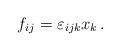
\begin{align*}f_{ij} = \varepsilon_{ijk}x_k \, .\end{align*}